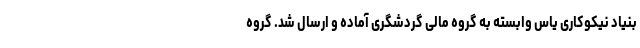
بنیاد نیکوکاری یاس وابسته به گروه مالی گردشگری آماده و ارسال شد. گروه